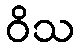
ဝိသ